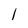
Character: 1